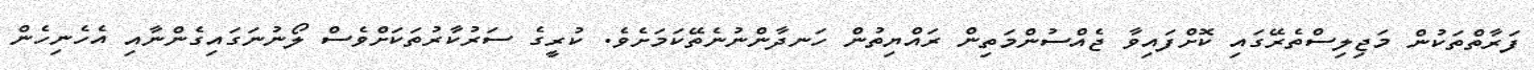
ފަރާތްތަކުން މަޖިލިސްތެރޭގައި ކޮށްފައިވާ ޖެއްސުންމަތިން ރައްޔިތުން ހަނދާންނުނެތޭކަމަށެވެ. ކުރީގެ ސަރުކާރުތަކަށްވެސް ލޯނުނަގައިގެންނާއި އެހެނިހެން